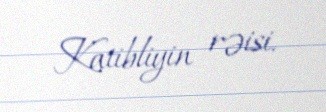
Katibliyin rəisi.